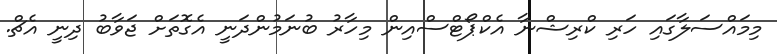
މިމައްސަލާގައި ހަރި ކްރިޝްނާ އެކްޕޯޓްސްއިން މިހާރު ބުނަމުންދަނީ އެގޮތަށް ޖަވާބު ދިނީ އެޗް.